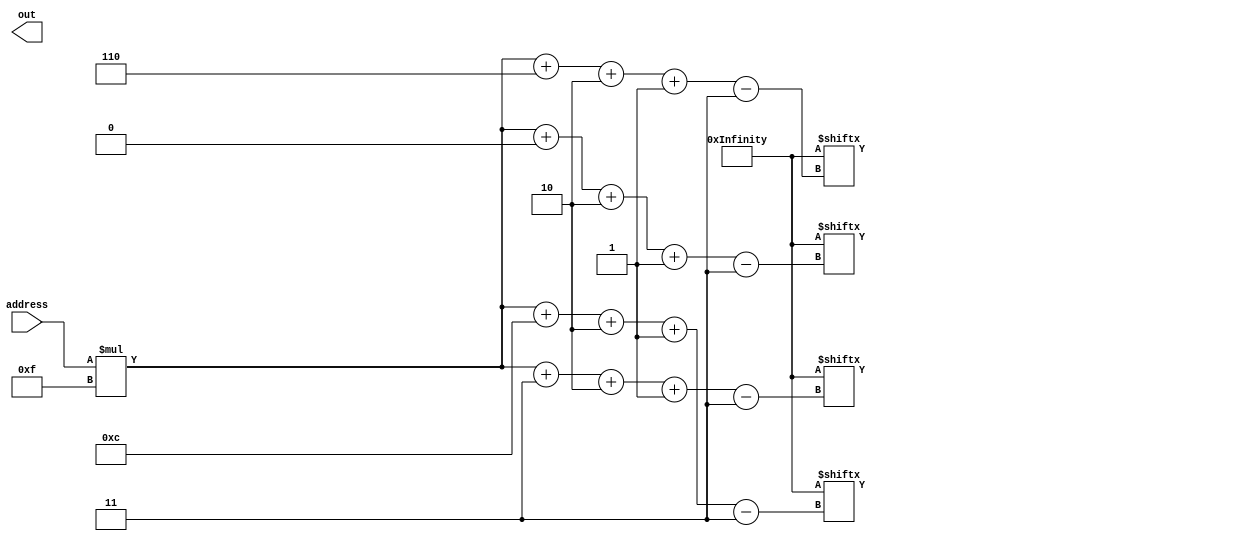
/*
   This file was generated automatically by Alchitry Labs version 1.2.7.
   Do not edit this file directly. Instead edit the original Lucid source.
   This is a temporary file and any changes made to it will be destroyed.
*/

module led_rom_20 (
    input [9:0] address,
    output reg [14:0] out
  );
  
  
  
  localparam LED_SEQ = 1050'h224628918a252288c8a232228c88a32228c88a32228c88a32228c88a2a228a8895112545095242519098642619118614618518614518514618518a14628548a19228a488a9242a430a86151185146145191144c45431190c4a43229098a48628a188a8642a150a8542a150a8542a150a8542a150a8542a150a8502a100a800280008000;
  
  always @* begin
    out[12+2-:3] = LED_SEQ[(address)*15+0+2-:3];
    out[9+2-:3] = LED_SEQ[(address)*15+3+2-:3];
    out[6+2-:3] = LED_SEQ[(address)*15+6+2-:3];
    out[3+2-:3] = LED_SEQ[(address)*15+9+2-:3];
    out[3+2-:3] = LED_SEQ[(address)*15+12+2-:3];
  end
endmodule